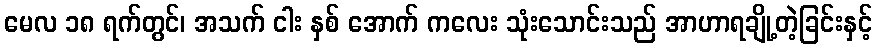
မေလ ၁၈ ရက်တွင်၊ အသက် ငါး နှစ် အောက် ကလေး သုံးသောင်းသည် အာဟာရချို့တဲ့ခြင်းနှင့်